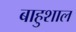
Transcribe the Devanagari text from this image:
बाहुशाल